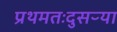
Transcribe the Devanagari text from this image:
प्रथमतःदुसऱ्या